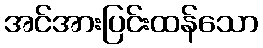
အင်အားပြင်းထန်သော